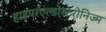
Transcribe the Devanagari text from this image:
हाइपरएल्डोस्टरोनिज्म